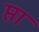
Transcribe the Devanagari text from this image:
प्ता